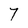
Character: 7